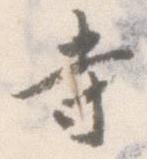
寺